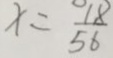
x = \frac { 1 8 } { 5 6 }